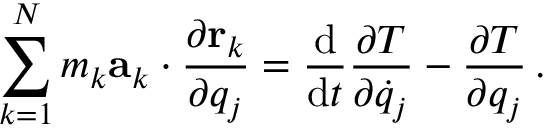
\sum _ { k = 1 } ^ { N } m _ { k } \mathbf { a } _ { k } \cdot { \frac { \partial \mathbf { r } _ { k } } { \partial q _ { j } } } = { \frac { \mathrm { d } } { \mathrm { d } t } } { \frac { \partial T } { \partial { \dot { q } } _ { j } } } - { \frac { \partial T } { \partial q _ { j } } } \, .